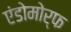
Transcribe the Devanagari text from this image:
एंडोमोर्फ